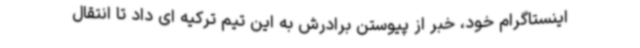
اینستاگرام خود، خبر از پیوستن برادرش به این تیم ترکیه ای داد تا انتقال